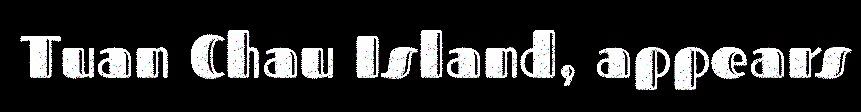
Tuan Chau Island, appears